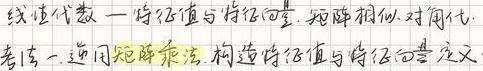
线性代数一特征值与特征向量,矩阵相似,对角化.
考点一.逆用矩阵乘法.构造特征值与特征向量定义.